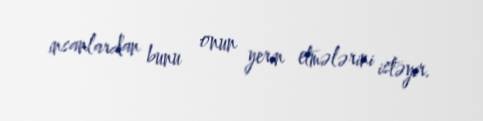
insanlardan bunu onun yerin etmələrini istəyir.